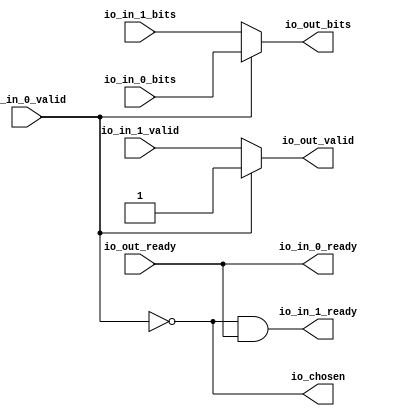
module Arbiter_9
(
  io_in_1_ready,
  io_in_1_valid,
  io_in_1_bits,
  io_in_0_ready,
  io_in_0_valid,
  io_in_0_bits,
  io_out_ready,
  io_out_valid,
  io_out_bits,
  io_chosen
);

  input io_in_1_valid;
  input io_in_1_bits;
  input io_in_0_valid;
  input io_in_0_bits;
  input io_out_ready;
  output io_in_1_ready;
  output io_in_0_ready;
  output io_out_valid;
  output io_out_bits;
  output io_chosen;
  wire io_in_1_ready,io_in_0_ready,io_out_valid,io_out_bits,io_chosen,N0,N1,
  io_out_ready,T4;
  assign io_in_0_ready = io_out_ready;
  assign io_chosen = ~io_in_0_valid;
  assign io_out_bits = (N0)? io_in_1_bits : 
                       (N1)? io_in_0_bits : 1'b0;
  assign N0 = io_chosen;
  assign N1 = io_in_0_valid;
  assign io_out_valid = (N0)? io_in_1_valid : 
                        (N1)? io_in_0_valid : 1'b0;
  assign io_in_1_ready = T4 & io_out_ready;
  assign T4 = ~io_in_0_valid;

endmodule